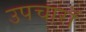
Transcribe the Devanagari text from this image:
उपचारॉ